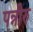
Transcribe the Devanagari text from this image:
पन्नीरु